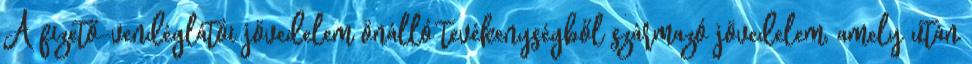
A fizető-vendéglátói jövedelem önálló tevékenységből származó jövedelem, amely után